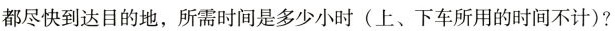
都尽快到达目的地，所需时间是多少小时(上、下车所用的时间不计)?